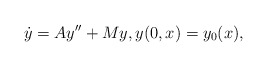
\begin{align*}\dot y=Ay''+My, y(0,x)=y_0(x),\end{align*}